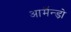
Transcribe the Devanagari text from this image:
आर्मैन्ड़ो